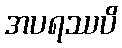
အပရဿပိ